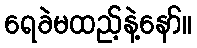
ရေခဲမထည့်နဲ့နော်။